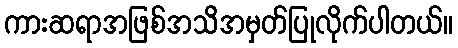
ကားဆရာအဖြစ်အသိအမှတ်ပြုလိုက်ပါတယ်။